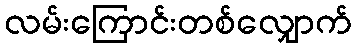
လမ်းကြောင်းတစ်လျှောက်